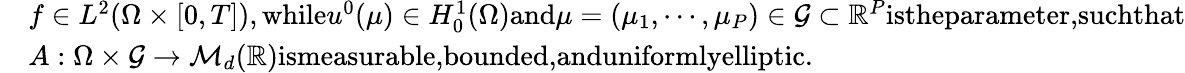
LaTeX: \begin{array}{rl}&{f\in L^{2}(\Omega\times[0,T]),\textrm{while}u^{0}(\mu)\in H_{0}^{1}(\Omega)\textrm{and}\mu=(\mu_{1},\cdots,\mu_{P})\in\mathcal{G}\subset\mathbb{R}^{P}\textrm{istheparameter,suchthat}}\\ &{A:\Omega\times\mathcal{G}\to\mathcal{M}_{d}(\mathbb{R})\textrm{ismeasurable,bounded,anduniformlyelliptic.}}\end{array}